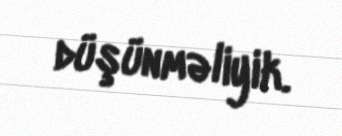
düşünməliyik.